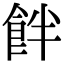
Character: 䬳